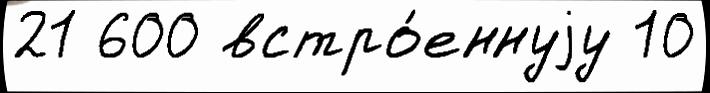
21 600 встро́еннуjу 10